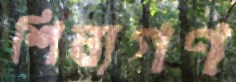
শিষ্যগণ